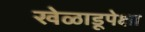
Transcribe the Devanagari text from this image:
खेळाडूपेक्षा